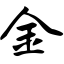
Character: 金